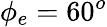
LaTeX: \phi_{e}=60^{o}